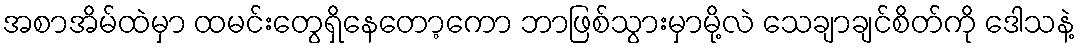
အစာအိမ်ထဲမှာ ထမင်းတွေရှိနေတော့ကော ဘာဖြစ်သွားမှာမို့လဲ သေချာချင်စိတ်ကို ဒေါသနဲ့